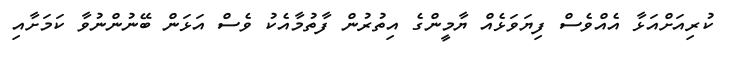
ކުރިއަށްއަޅާ އެއްވެސް ފިޔަވަޅެއް ޔާމީންގެ އިތުރުން ފާތުމާއެކު ވެސް އަޅަން ބޭނުންނުވާ ކަމަށާއި